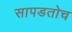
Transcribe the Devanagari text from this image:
सापडतोच